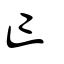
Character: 亡